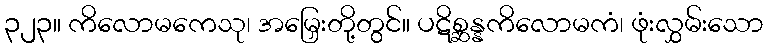
၃၂၃။ ကိလောမကေသု၊ အမြှေးတို့တွင်။ ပဋိစ္ဆန္နကိလောမကံ၊ ဖုံးလွှမ်းသော